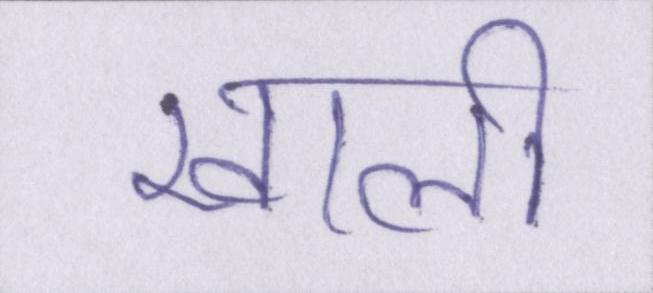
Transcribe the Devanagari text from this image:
खाली